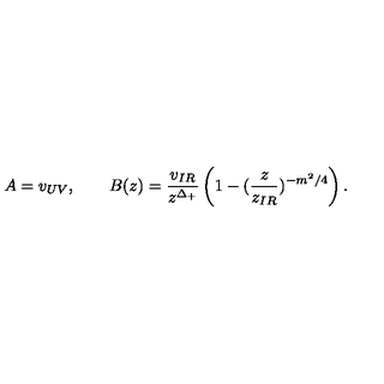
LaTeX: A = v _ { U V } , \qquad B ( z ) = \frac { v _ { I R } } { z ^ { \Delta _ { + } } } \left( 1 - ( \frac { z } { z _ { I R } } ) ^ { - m ^ { 2 } / 4 } \right) .